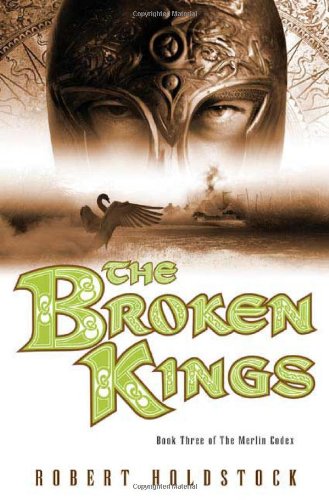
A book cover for The Broken Kings: Book Three of The Merlin Codex; Robert Holdstock; Science Fiction & Fantasy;